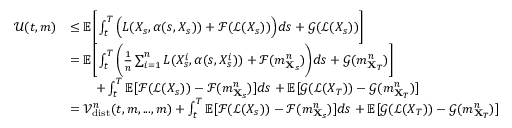
\begin{array} { r l } { \mathcal { U } ( t , m ) } & { \leq { \mathbb E } \bigg [ \int _ { t } ^ { T } \Big ( L ( X _ { s } , \alpha ( s , X _ { s } ) ) + \mathcal { F } ( \mathcal { L } ( X _ { s } ) ) \Big ) d s + \mathcal { G } ( \mathcal { L } ( X _ { s } ) ) \bigg ] } \\ & { = { \mathbb E } \bigg [ \int _ { t } ^ { T } \bigg ( \frac { 1 } { n } \sum _ { i = 1 } ^ { n } L ( X _ { s } ^ { i } , \alpha ( s , X _ { s } ^ { i } ) ) + \mathcal { F } ( m _ { \mathbf { X } _ { s } } ^ { n } ) \bigg ) d s + \mathcal { G } ( m _ { \mathbf { X } _ { T } } ^ { n } ) \bigg ] } \\ & { \qquad + \int _ { t } ^ { T } { \mathbb E } [ \mathcal { F } ( \mathcal { L } ( X _ { s } ) ) - \mathcal { F } ( m _ { \mathbf { X } _ { s } } ^ { n } ) ] d s + { \mathbb E } [ \mathcal { G } ( \mathcal { L } ( X _ { T } ) ) - \mathcal { G } ( m _ { \mathbf { X } _ { T } } ^ { n } ) ] } \\ & { = \mathcal { V } _ { \mathrm { d i s t } } ^ { n } ( t , m , . . . , m ) + \int _ { t } ^ { T } { \mathbb E } [ \mathcal { F } ( \mathcal { L } ( X _ { s } ) ) - \mathcal { F } ( m _ { \mathbf { X } _ { s } } ^ { n } ) ] d s + { \mathbb E } [ \mathcal { G } ( \mathcal { L } ( X _ { T } ) ) - \mathcal { G } ( m _ { \mathbf { X } _ { T } } ^ { n } ) ] } \end{array}